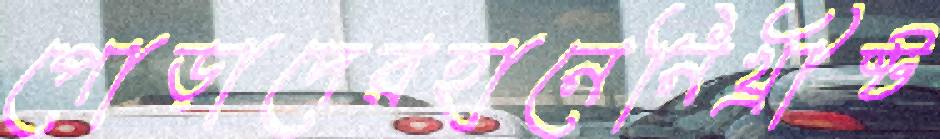
পোড়াদেরহানেনিখ্রীষ্ট